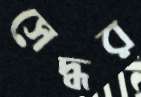
সেদ্ধর